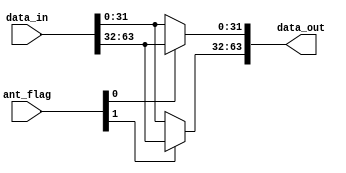

// Xianjun jiao. putaoshu@msn.com; xianjun.jiao@imec.be;

`timescale 1 ns / 1 ps

	module rx_intf_ant_selection #
	(
		parameter integer ADC_PACK_DATA_WIDTH = 64
	)
	(
        input wire [ADC_PACK_DATA_WIDTH-1 : 0] data_in,
        input wire [1:0] ant_flag,
        output wire [ADC_PACK_DATA_WIDTH-1 : 0] data_out
	);

    localparam integer MSB_IDX  = (ADC_PACK_DATA_WIDTH-1);
    localparam integer MSB_HALF_IDX  = ((ADC_PACK_DATA_WIDTH/2)-1);
    localparam integer WIDTH_HALF  = (ADC_PACK_DATA_WIDTH/2);
    assign data_out[MSB_HALF_IDX:0]     = (ant_flag[0]==1'b0)?data_in[MSB_HALF_IDX:0]:data_in[MSB_IDX:WIDTH_HALF];
    assign data_out[MSB_IDX:WIDTH_HALF] = (ant_flag[1]==1'b0)?data_in[MSB_HALF_IDX:0]:data_in[MSB_IDX:WIDTH_HALF];

	endmodule